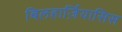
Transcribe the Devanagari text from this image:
बिलहार्ज़ियासिस